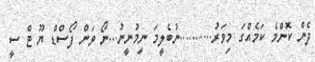
ދެން ކޮންމެ ކަމެއްގަ މިވަރު...........ނުބެލީމަ ނިމުނީނު...ނޯ ވަން ފޯސްޑް ޔޫ ޓް ސީ